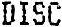
DISC